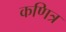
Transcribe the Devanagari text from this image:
कणित्र